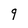
Character: 9